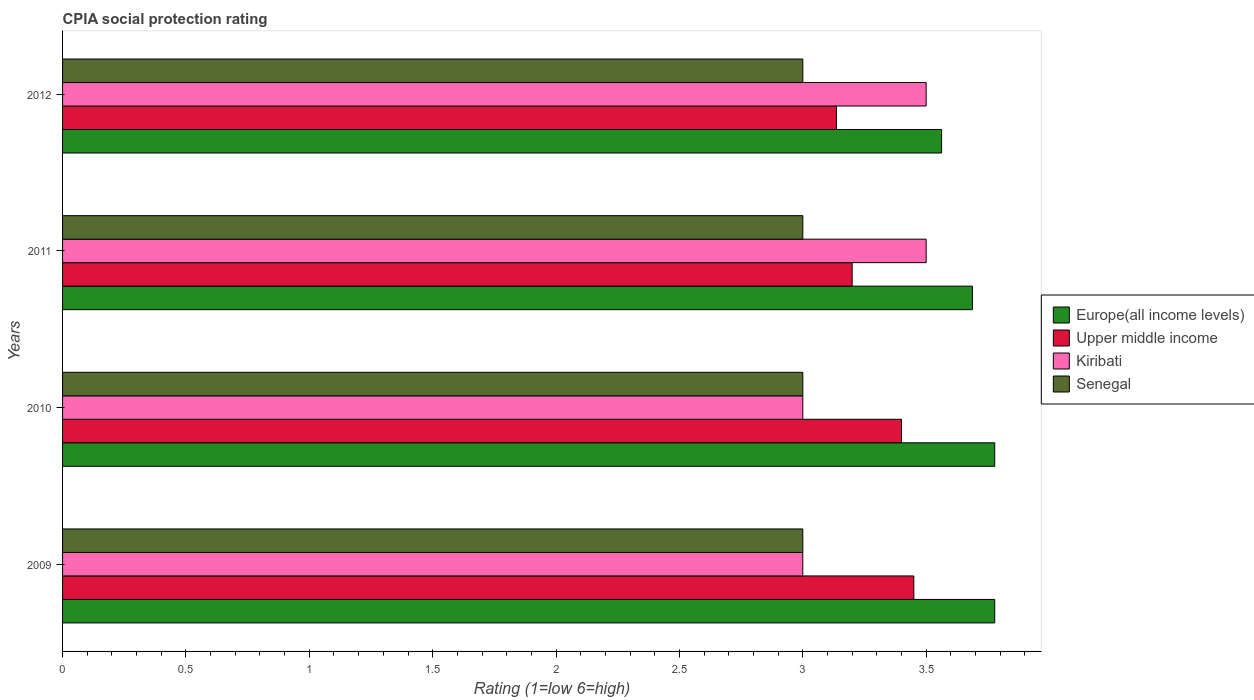
| Years | Europe(all income levels) | Upper middle income | Kiribati | Senegal |
 | --- | --- | --- | --- | --- |
 | 2009 | 3.78 | 3.45 | 3 | 3 |
 | 2010 | 3.78 | 3.4 | 3 | 3 |
 | 2011 | 3.69 | 3.2 | 3.5 | 3 |
 | 2012 | 3.56 | 3.14 | 3.5 | 3 |